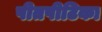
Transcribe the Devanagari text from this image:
पीतपीटिका